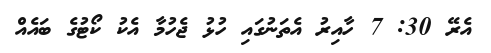
އެރޭ 30: 7 ހާއިރު އެތަނުގައި ހުޅު ޖެހުމާ އެކު ކޯޓުގެ ބައެއް